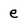
Character: e